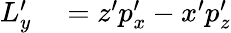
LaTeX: \begin{array}{rl}{L_{y}^{\prime}}&{{}=z^{\prime}p_{x}^{\prime}-x^{\prime}p_{z}^{\prime}}\end{array}